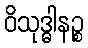
ဝိသုဒ္ဓါနဉ္စ